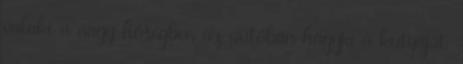
valaki a nagy hőségben az autóban hagyja a kutyáját.